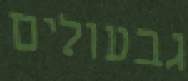
גבעולים